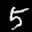
Label: 5